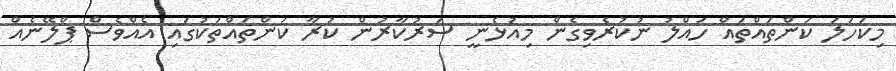
މިކަހަލަ ކަންތައްތައް ހައްލު ނުކުރެވިގެން މިއުޅެނީ ސަރުކާރުން ކުރާ ކަންތައްތަކުގައި އެއްވެސް ޕްލޭނެއް